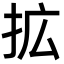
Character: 拡